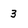
Character: 3